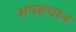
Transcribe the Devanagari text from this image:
अपहचान